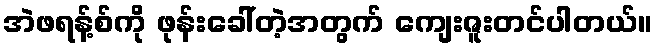
အဲဖရန့်စ်ကို ဖုန်းခေါ်တဲ့အတွက် ကျေးဇူးတင်ပါတယ်။